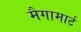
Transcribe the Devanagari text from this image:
मैगामार्ट